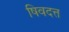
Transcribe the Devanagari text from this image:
षिवदत्त